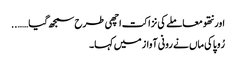
اور نتھو معاملے کی نزاکت اچھی طرح سمجھ گیا……..
رُوپا کی ماں نے رونی آواز میں کہا۔